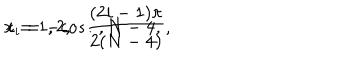
x _ { i } = - c o s { \frac { ( 2 i - 1 ) \pi } { 2 ( N - 4 ) } } , \hspace { . 5 i n } i = 1 , 2 , \dots , N - 4 ,